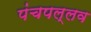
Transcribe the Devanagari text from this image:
पंचपल्लव